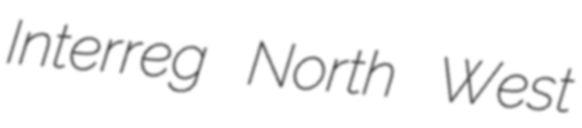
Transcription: Interreg North West